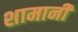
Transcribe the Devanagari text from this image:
शामानी